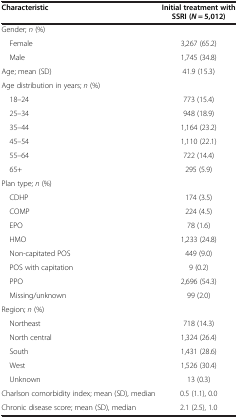
| Characteristic | Initial treatment with SSRI (N = 5,012) |
 | --- | --- |
 | Gender; n (%) |  |
 | Female | 3,267 (65.2) |
 | Male | 1,745 (34.8) |
 | Age; mean (SD) | 41.9 (15.3) |
 | Age distribution in years; n (%) |  |
 | 18–24 | 773 (15.4) |
 | 25–34 | 948 (18.9) |
 | 35–44 | 1,164 (23.2) |
 | 45–54 | 1,110 (22.1) |
 | 55–64 | 722 (14.4) |
 | 65+ | 295 (5.9) |
 | Plan type; n (%) |  |
 | CDHP | 174 (3.5) |
 | COMP | 224 (4.5) |
 | EPO | 78 (1.6) |
 | HMO | 1,233 (24.8) |
 | Non-capitated POS | 449 (9.0) |
 | POS with capitation | 9 (0.2) |
 | PPO | 2,696 (54.3) |
 | Missing/unknown | 99 (2.0) |
 | Region; n (%) |  |
 | Northeast | 718 (14.3) |
 | North central | 1,324 (26.4) |
 | South | 1,431 (28.6) |
 | West | 1,526 (30.4) |
 | Unknown | 13 (0.3) |
 | Charlson comorbidity index; mean (SD), median | 0.5 (1.1), 0.0 |
 | Chronic disease score; mean (SD), median | 2.1 (2.5), 1.0 |